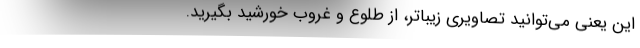
این یعنی می‌توانید تصاویری زیباتر، از طلوع و غروب خورشید بگیرید.